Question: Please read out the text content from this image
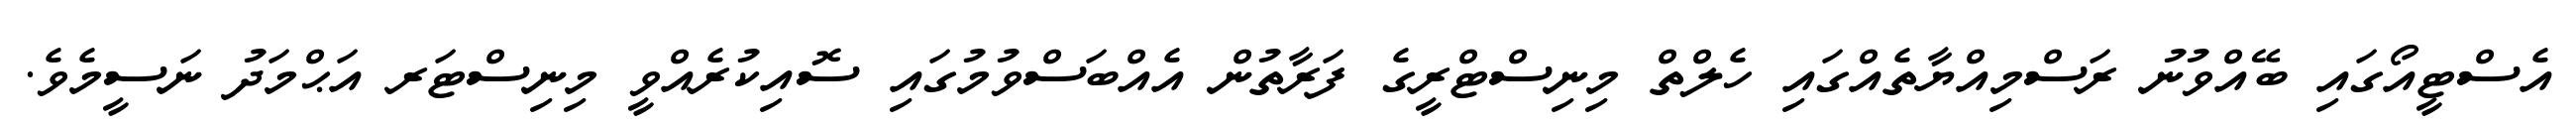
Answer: އެސްޓީއޯގައި ބޭއްވުނު ރަސްމިއްޔާތެއްގައި ހެލްތް މިނިސްޓްރީގެ ފަރާތުން އެއްބަސްވުމުގައި ސޮއިކުރެއްވީ މިނިސްޓަރ އަޙްމަދު ނަސީމެވެ.